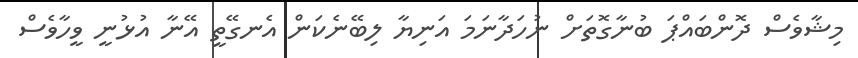
މިޝާވެސް ދޮންބައްޕަ ބުނާގޮތަށް ނުހަދާނަމަ އަނިޔާ ލިބޭނެކަން އެނގޭތީ އޭނާ އުޅުނީ ވީހާވެސް